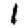
Digit: 1